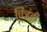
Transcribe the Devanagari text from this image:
चित्रंही